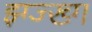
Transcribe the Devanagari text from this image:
झ्ग्ज्ख्ग